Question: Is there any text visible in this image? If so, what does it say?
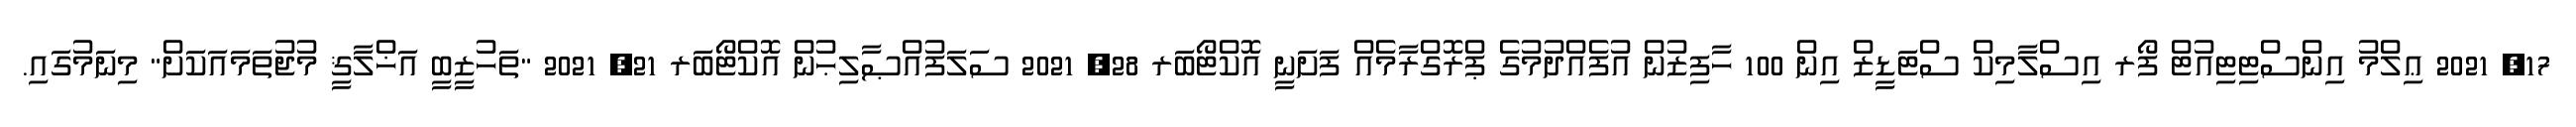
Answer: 17, 2021 ޢިލްމު އިންސްޓިޓިއުޓް ފޯރ އިސްލާމިކް ސްޓަޑީޒް އިން 100 ހާފިޒުން އުފެއްދުމުގެ ޕްރޮގްރާމެއް ފަށަނީ އޮކްޓޯބަރ 28, 2021 ސަލަފުއްޞާލިޙުން އޮކްޓޯބަރ 21, 2021 "ތަހުޒީބީ އަޚްލާޤީ މުޖުތަމައަކަށް" މިނަމުގައި.